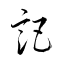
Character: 詎